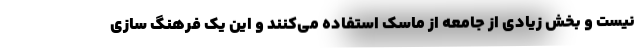
نیست و بخش زیادی از جامعه از ماسک استفاده می‌کنند و این یک فرهنگ سازی